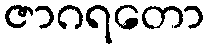
ဇာဂရတော